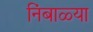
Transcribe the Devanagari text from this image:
निंबाळ्या